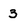
Character: 3